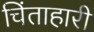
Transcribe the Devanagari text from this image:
चिंताहारी